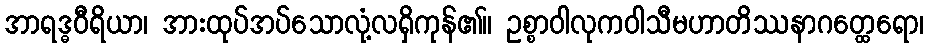
အာရဒ္ဓဝီရိယာ၊ အားထုပ်အပ်သောလုံ့လရှိကုန်၏။ ဥစ္စာဝါလုကဝါသီမဟာတိဿနာဂတ္ထေရော၊